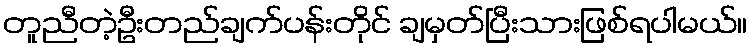
တူညီတဲ့ဦးတည်ချက်ပန်းတိုင် ချမှတ်ပြီးသားဖြစ်ရပါမယ်။